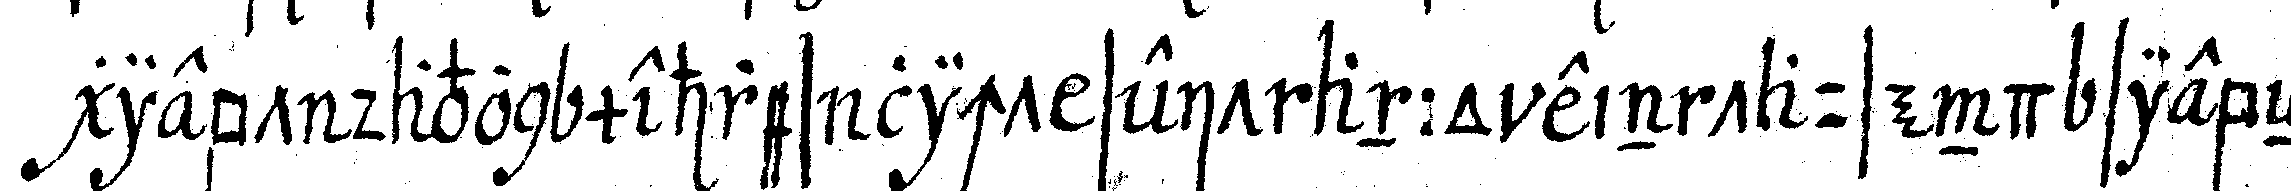
giebt davon mehres licht seit anno ein tausend siebeN